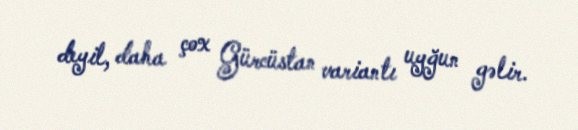
deyil, daha çox Gürcüstan variantı uyğun gəlir.